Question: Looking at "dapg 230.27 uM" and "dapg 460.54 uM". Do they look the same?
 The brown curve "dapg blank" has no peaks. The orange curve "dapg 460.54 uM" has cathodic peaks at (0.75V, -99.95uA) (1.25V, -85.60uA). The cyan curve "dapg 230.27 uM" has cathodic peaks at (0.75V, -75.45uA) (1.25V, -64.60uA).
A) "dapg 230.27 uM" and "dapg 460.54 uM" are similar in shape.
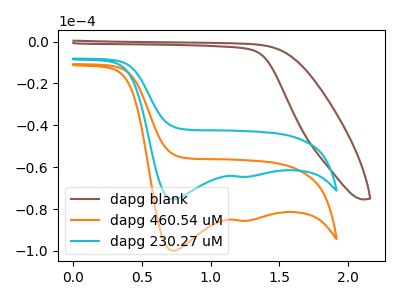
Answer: <think>All the peaks in "dapg 230.27 uM" have a peak in "dapg 460.54 uM" at the same potential. Every peak in "dapg 230.27 uM" is lower than every peak in "dapg 460.54 uM".
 </think>
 <answer>A) "dapg 230.27 uM" and "dapg 460.54 uM" are similar in shape.</answer>
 <eval>A</eval>